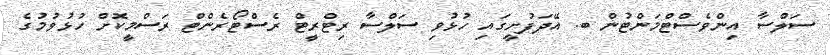
ސަލްސާ އިންވެސްޓްމަންޓުން ބ. އޭދަފުށީގައި ހުޅުވި ސަލްސާ ރިޓްރީޓް ރެސްޓޯރެންޓް ރަސްމީކޮށް ހުޅުވުމުގެ